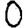
Digit: 0